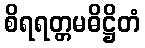
စိရရတ္တမဓိဋ္ဌိတံ